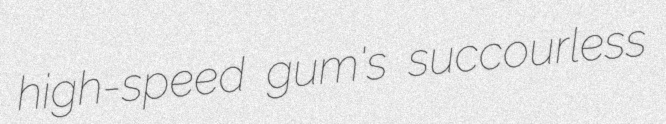
high-speed gum's succourless